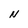
Character: N